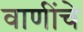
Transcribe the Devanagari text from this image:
वाणींचे